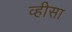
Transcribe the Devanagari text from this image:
व्हीसा